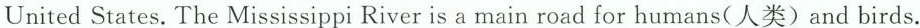
United States.The Mississippi River is a main road for humans(人类) and birds